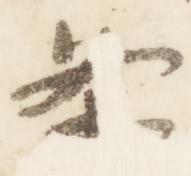
条